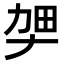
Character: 𫦫